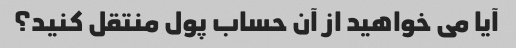
آیا می خواهید از آن حساب پول منتقل کنید؟